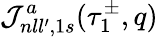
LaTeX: {\cal J}_{nll^{\prime},1s}^{a}(\tau_{1}^{\pm},q)